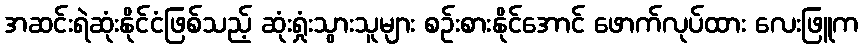
အဆင်းရဲဆုံးနိုင်ငံဖြစ်သည့် ဆုံးရှုံးသွားသူများ စဉ်းစားနိုင်အောင် ဖောက်လုပ်ထား လေးဖြူက